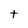
Character: t